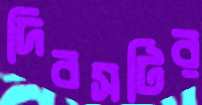
দিবসটির